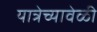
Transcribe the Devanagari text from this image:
यात्रेच्यावेळी